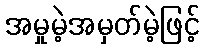
အမှုမဲ့အမှတ်မဲ့ဖြင့်